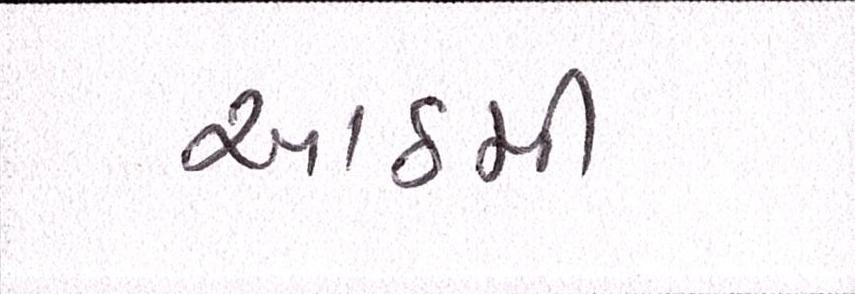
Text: આઠમી